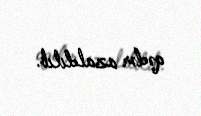
qədər azaldılıb.